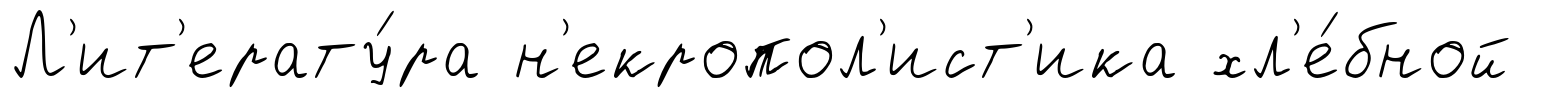
Л'ит'ерату́ра н'екропол'ист'ика хл'е́бной